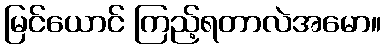
မြင်ယောင် ကြည့်ရတာလဲအမော။